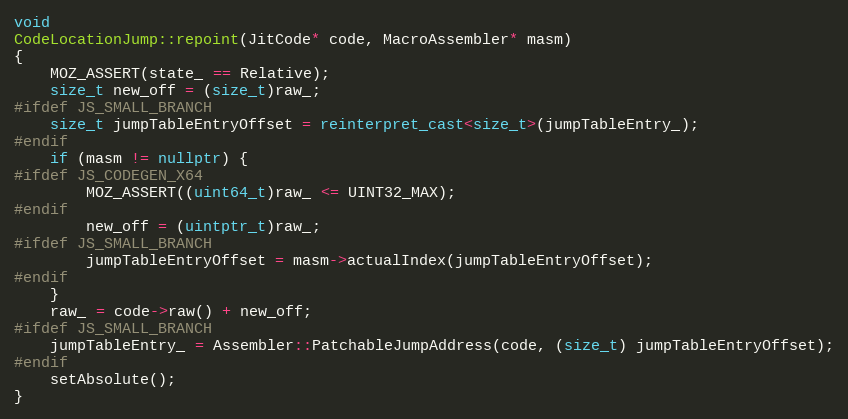
Language: C++
void
CodeLocationJump::repoint(JitCode* code, MacroAssembler* masm)
{
    MOZ_ASSERT(state_ == Relative);
    size_t new_off = (size_t)raw_;
#ifdef JS_SMALL_BRANCH
    size_t jumpTableEntryOffset = reinterpret_cast<size_t>(jumpTableEntry_);
#endif
    if (masm != nullptr) {
#ifdef JS_CODEGEN_X64
        MOZ_ASSERT((uint64_t)raw_ <= UINT32_MAX);
#endif
        new_off = (uintptr_t)raw_;
#ifdef JS_SMALL_BRANCH
        jumpTableEntryOffset = masm->actualIndex(jumpTableEntryOffset);
#endif
    }
    raw_ = code->raw() + new_off;
#ifdef JS_SMALL_BRANCH
    jumpTableEntry_ = Assembler::PatchableJumpAddress(code, (size_t) jumpTableEntryOffset);
#endif
    setAbsolute();
}